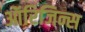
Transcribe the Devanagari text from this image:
ऑरिजिन्स